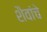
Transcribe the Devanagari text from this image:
शैवांचे